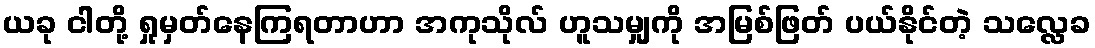
ယခု ငါတို့ ရှုမှတ်နေကြရတာဟာ အကုသိုလ် ဟူသမျှကို အမြစ်ဖြတ် ပယ်နိုင်တဲ့ သလ္လေခ